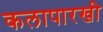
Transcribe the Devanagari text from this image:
कलापारखी